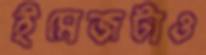
ইমেজটাও